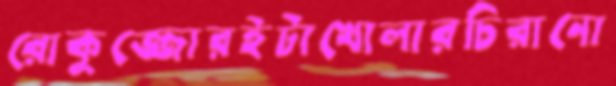
রোকুজ্জোরইটাখোলারচিরানো